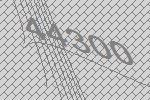
44300